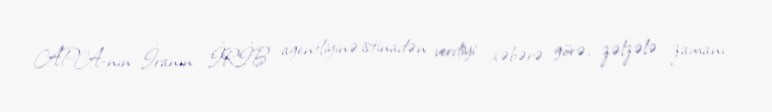
APA-nın İranın İRİB agentliyinə istinadən verdiyi xəbərə görə, zəlzələ zamanı